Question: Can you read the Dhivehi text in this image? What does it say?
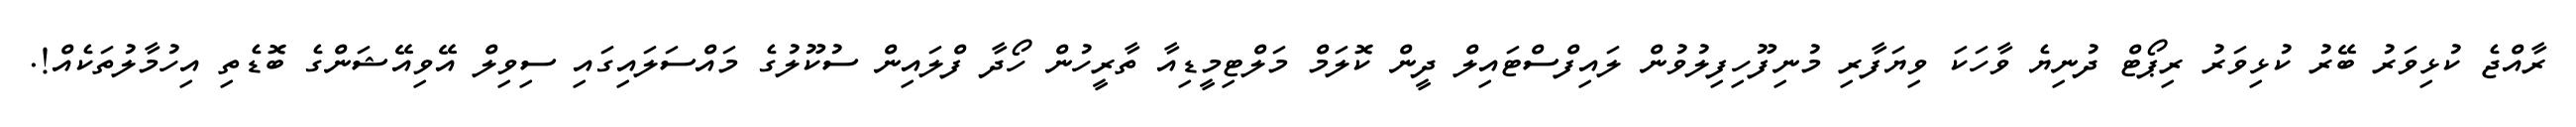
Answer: ރާއްޖެ ކުޅިވަރު ބޭރު ކުޅިވަރު ރިޕޯޓް ދުނިޔެ ވާހަކަ ވިޔަފާރި މުނިފޫހިފިލުވުން ލައިފްސްޓައިލް ދީން ކޮލަމް މަލްޓިމީޑިއާ ތާރީހުން ހޯދާ ފްލައިން ސުކޫލުގެ މައްސަލައިގައި ސިވިލް އޭވިއޭޝަންގެ ބޮޑެތި އިހުމާލުތަކެއް!.